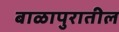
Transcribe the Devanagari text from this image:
बाळापुरातील